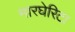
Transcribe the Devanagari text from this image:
मारघेरिटा